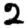
Digit: 2